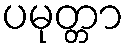
ပမုတ္တာ